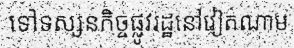
ទៅទស្សនកិច្ចផ្លូវរដ្ឋនៅវៀតណាម